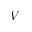
V